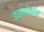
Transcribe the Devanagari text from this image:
इन्फ़ोकॉम